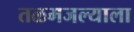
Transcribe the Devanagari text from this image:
तळमजल्याला